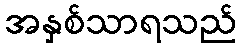
အနှစ်သာရသည်